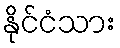
နိုင်ငံသား